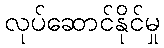
လုပ်ဆောင်နိုင်မှု